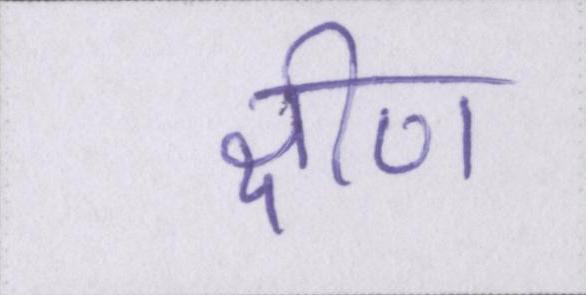
क्षीण